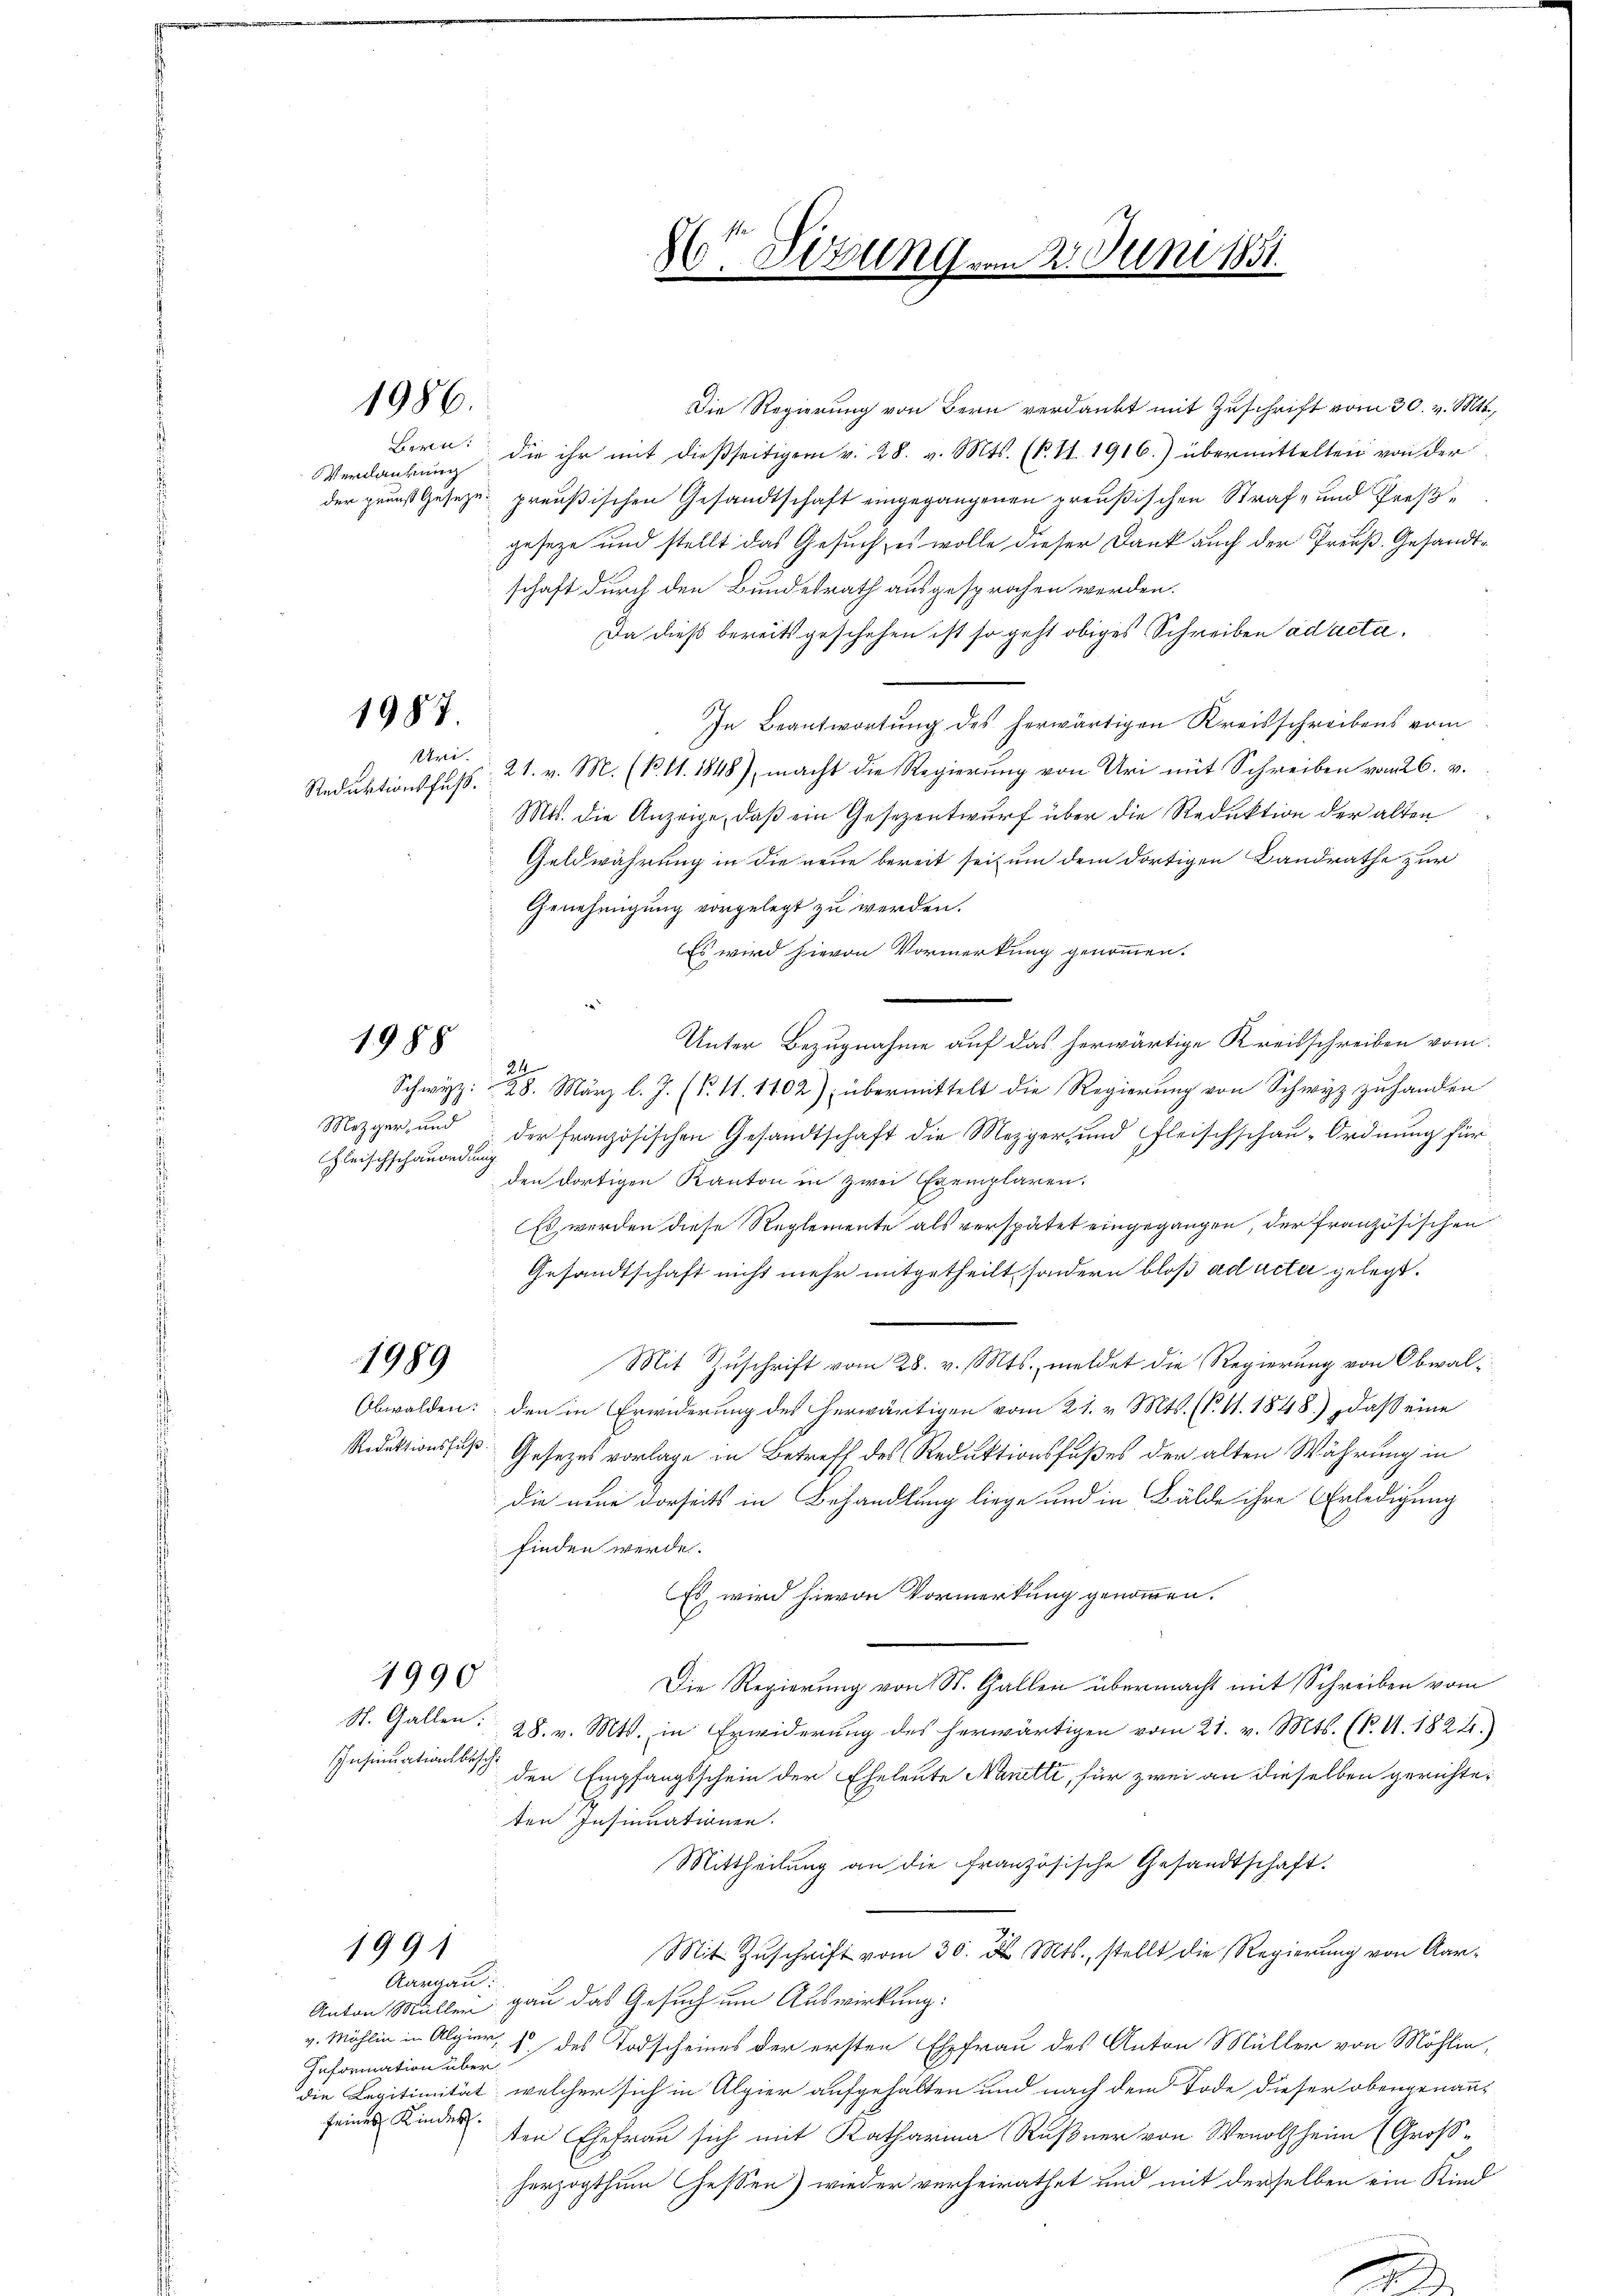
die ihr mit dießseitigem v. 28. v. Mts. (k. 11. 1916.) übermittelten von der
der grunst Geseze preußischen Gesandtschaft eingegangenen preußischen Straf- und Preßgeseze und stellt das Gesuch, es wolle dieser Dank auch der Preuß. Gesandtschaft durch den Bundesrath ausgesprochen werden.
Da dieß bereits geschehen ist so geht obiges Schreiben ad acta.
In Beantwortung des herwärtigen Kreisschreibens vom
21. v. M. (N. 11. 1848) macht die Regierŭng von Uri mit Schreiben vom 26. v.
Mts. die Anzeige, daß ein Gesezentwurf über die Reduktion der alten
Geldwährung in die neue bereit seit um dem dortigen Landrathe zur
Genehmigung vorgelegt zu werden.
Es wird hievon Vormerkung genommen.
.
Unter Bezugnahme auf das herwärtige Kreisschreiben vom
22
Schwyz: 28. März l. J. (§. 11. 1102), übermittelt die Regierung von Schwyz zuhanden
Mezger, und der französischen Gesandtschaft die Mezger, und Fleischschau-Ordnung für
den dortigen Kanton in zwei Exemplaren.
Es werden diese Reglemente als verspätet eingegangen, der französischen
Gesandtschaft nicht mehr mitgetheilt, sondern bloß ad acter gelegt.
Mit Zuschrift vom 28. v. Mts., meldet die Regierung von Obwal¬
1989
Obwalden: den in Erwiderung des herwärtigen vom 21. v. Mts. (T. 11. 1848) daß eine
Reduktionsfuß Gesetzes vorlage in Betreff des Reduktionsfußes der alten Währung in
die neue Dorseits in Behandlung liege und in Bälde ihre Erledigung
finden werde.
Es wird hievon Vormerkung genommen.
1990
Die Regierung von St. Gallen übermacht mit Schreiben vom
St. Gallen: 28. v. Mts. in Erwiderŭng des herwärtigen vom 21. v. Mts. (S. 11. 1824.)
Insinuations bei den Empfangsschein der Eheleute Nanetti, für zwei an dieselben gerichteten Insinuationen.
Mittheilŭng an die französische Gesandtschaft.
1991
Mit Zŭschrift vom 30. d. Mts., stellt die Regierung von Aar-
Aargau.
Anton Müller gan das Gesuch um Auswirkung:
v. Mühlin in Algier, 6 des Todscheines der ersten Ehefrau des Anton Müller von Möhlin,
Information über
die Legitimität, welcher sich in Alpier aufgehalten und nach dem Tode dieser obengenannseines Kindes.
ten Ehefrau sich mit Katharina Rußner von Wenolzheim (Großherzogthum essen) wieder verheirathet und mit derselben ein Kind

Fleischschauordung

1986.

Bern:
Verdankung

1987.
Uri.

Reduktionsfuß.

1988

8te Sitzung vom 2. Juni 1851.

Die Regierung von Bern verdankt mit Zuschrift vom 30. v. Mts.,